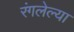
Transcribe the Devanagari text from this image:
रंगलेल्या